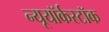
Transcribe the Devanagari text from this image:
न्यूयॉर्कस्टॉक